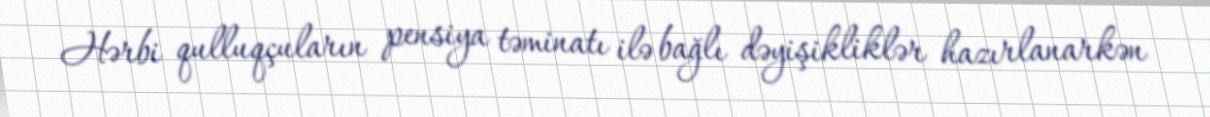
Hərbi qulluqçuların pensiya təminatı ilə bağlı dəyişikliklər hazırlanarkən